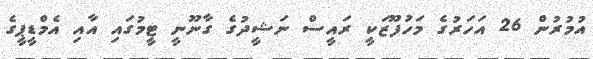
އުމުރުން 26 އަހަރުގެ މަހުފޫޒަކީ ރައީސް ނަޝީދުގެ ގާނޫނީ ޓީމުގައި އާއި އެމްޑީޕީގެ